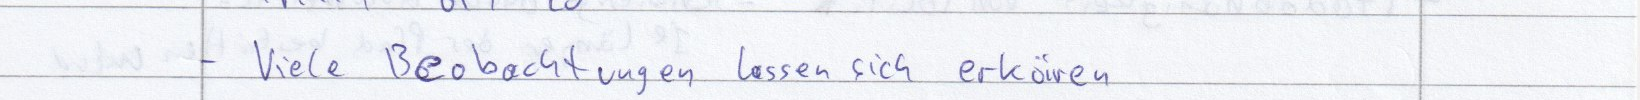
- Viele Beobachtungen lassen sich erklären